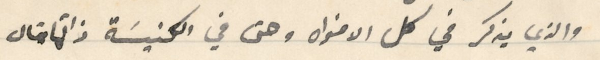
والذي يذكر في كل الافواه وحتى في الكنيسَة ذاتها قال